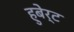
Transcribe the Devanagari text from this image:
हुबेर्ट